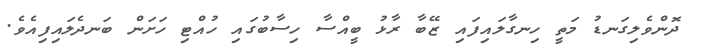
ދޮންވެލިގަނޑު މަތީ ހިނގާލައިފައި ޒޭބާ ރާޅު ބީއްސާ ހިސާބުގައި ހުއްޓި ހަށަން ބަނދެލައިފިއެވެ.